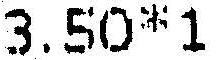
3.50*1